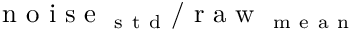
\mathrm { ~ n ~ o ~ i ~ s ~ e ~ } _ { \mathrm { ~ s ~ t ~ d ~ } } / \mathrm { ~ r ~ a ~ w ~ } _ { \mathrm { ~ m ~ e ~ a ~ n ~ } }